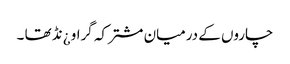
چاروں کے درمیان مشترکہ گراو ¿نڈ تھا ۔